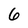
Character: 6